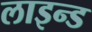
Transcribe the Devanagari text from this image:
लाइन्‍ड